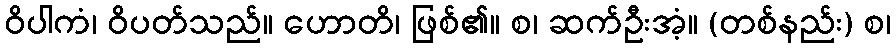
ဝိပါကံ၊ ဝိပတ်သည်။ ဟောတိ၊ ဖြစ်၏။ စ၊ ဆက်ဦးအံ့။ (တစ်နည်း) စ၊